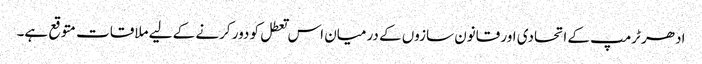
ادھر ٹرمپ کے اتحادی اور قانون سازوں کے درمیان اس تعطل کو دور کرنے کے لیے ملاقات متوقع ہے۔